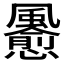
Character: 𲋊